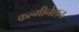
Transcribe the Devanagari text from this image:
कल्मीनेशन